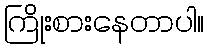
ကြိုးစားနေတာပါ။